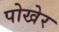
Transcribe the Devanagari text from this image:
पोखेर